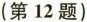
(第12题)